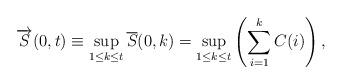
LaTeX: \begin{align*} \overrightarrow{S}(0,t) \equiv \sup_{1\le k\le t} \overline{S}(0,k) = \sup_{{1}\le{k}\le{t}}\left(\sum\limits_{i=1}\limits^{k}{C(i)}\right),\end{align*}